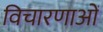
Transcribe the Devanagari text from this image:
विचारणाओं